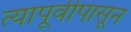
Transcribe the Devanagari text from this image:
त्यापूर्वीपासून